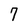
Character: 7